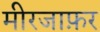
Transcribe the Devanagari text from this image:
मीरजाफ़र